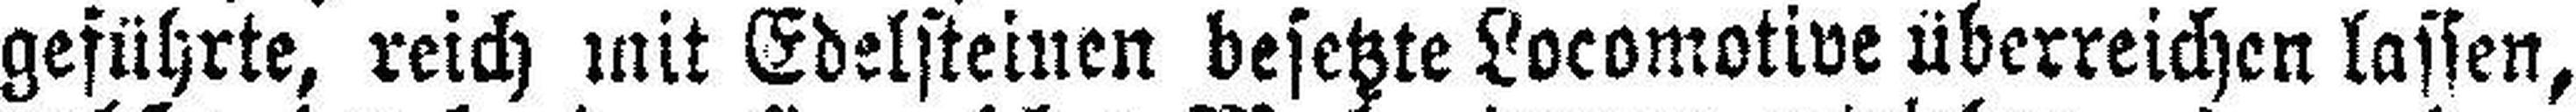
geführte, reich mit Edelsteinen besetzte Locomotive überreichen lassen,